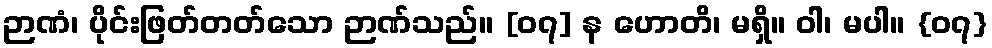
ဉာဏံ၊ ပိုင်းဖြတ်တတ်သော ဉာဏ်သည်။ [၀၇] န ဟောတိ၊ မရှိ။ ဝါ၊ မပါ။ {၀၇}